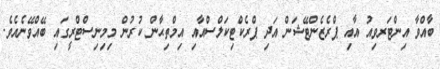
ބާއްވާ އިންޓަރވިއު އާއި ޕްރެޒެންޓޭޝަން އަދި ޕްރެކްޓިކަލްސްއާއި އިމްތިޙާން ކުރުން މިމިނިސްޓްރީގައި ބޭއްވޭނެއެވެ.